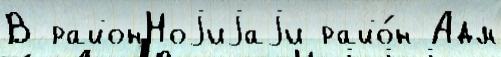
В районНоjиjаjи райо́н Адм